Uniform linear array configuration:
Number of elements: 32
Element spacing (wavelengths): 1
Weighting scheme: uniform
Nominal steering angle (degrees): -45
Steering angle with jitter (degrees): -45.675
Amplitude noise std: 0.05
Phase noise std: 0.05

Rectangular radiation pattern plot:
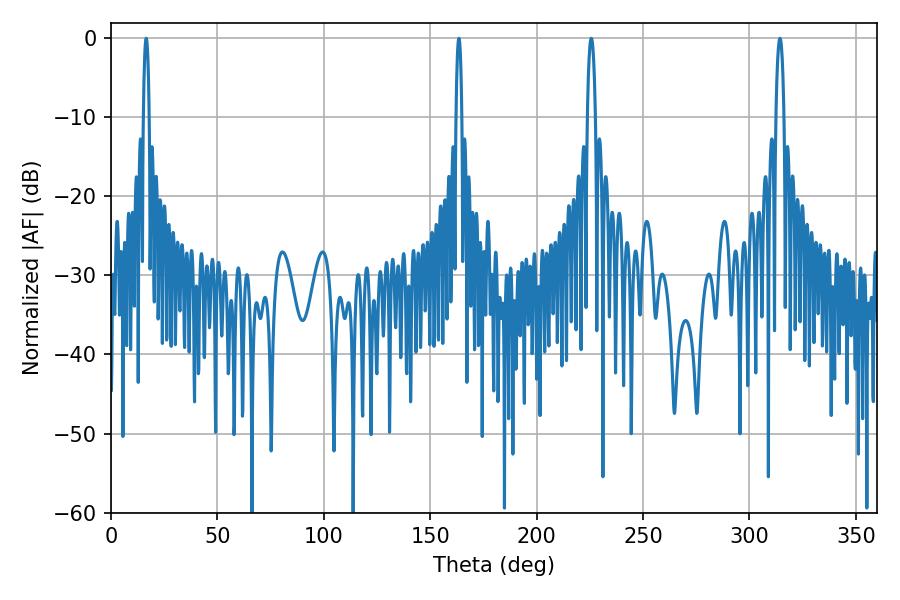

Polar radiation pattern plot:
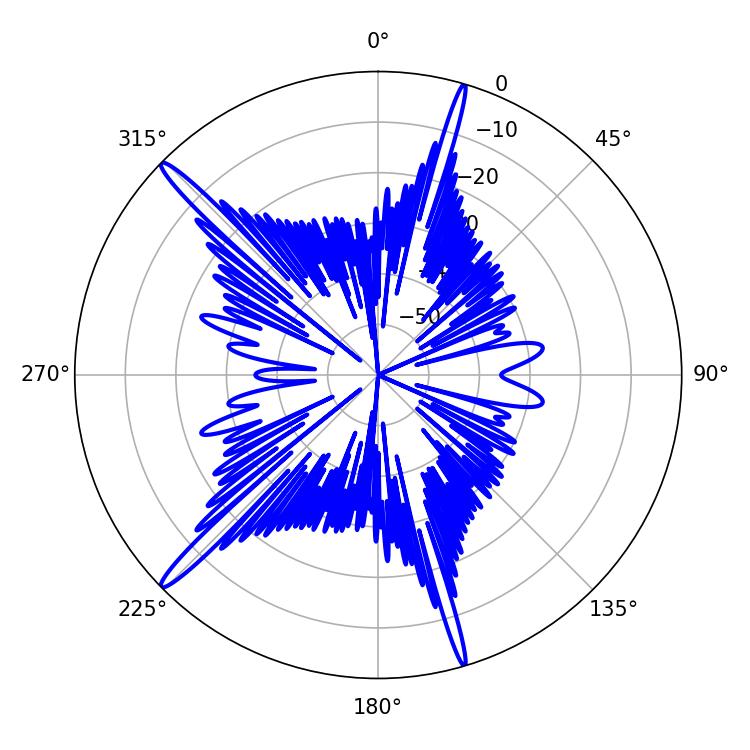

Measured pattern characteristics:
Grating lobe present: TRUE
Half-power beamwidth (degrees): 1.44
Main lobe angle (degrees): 16.56